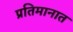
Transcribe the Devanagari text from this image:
प्रतिमानात